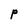
Character: P